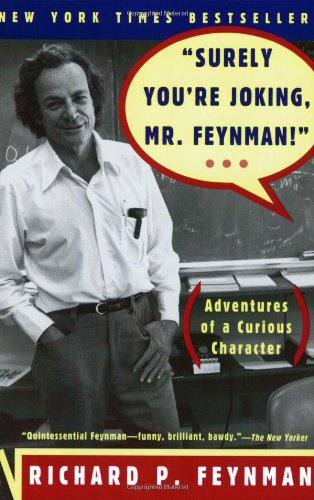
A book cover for Surely You're Joking, Mr. Feynman! (Adventures of a Curious Character); Richard P. Feynman; Science & Math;